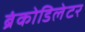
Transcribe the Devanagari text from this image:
ब्रंकोडिलेटर